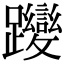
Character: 𮜬